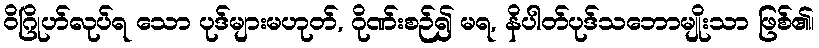
ဝိဂြိုဟ်လုပ်ရ သော ပုဒ်များမဟုတ်, ဂိုဏ်းစဉ်၍ မရ, နိပါတ်ပုဒ်သဘောမျိုးသာ ဖြစ်၏၊